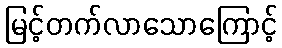
မြင့်တက်လာသောကြောင့်